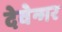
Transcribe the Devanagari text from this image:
देवेन्गर